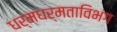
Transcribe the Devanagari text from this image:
धर्मधर्मताविभंग